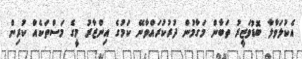
އެކުލަވާލާ ބޮޑުވަޒީރު ތަބާން މަގާމުން ދުރުކުރައްވާނޭ ކަމުގެ އިންޒާރު މީގެ މަސްތަކެއް ކުރިން